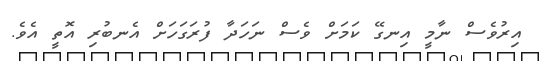
އިރުވެސް ނާމީ އިނގޭ ކަމަށް ވެސް ނަހަދާ ފުރަގަހަށް އެނބުރި އޮތީ އެވެ.